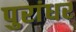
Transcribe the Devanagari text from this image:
पुरांधर